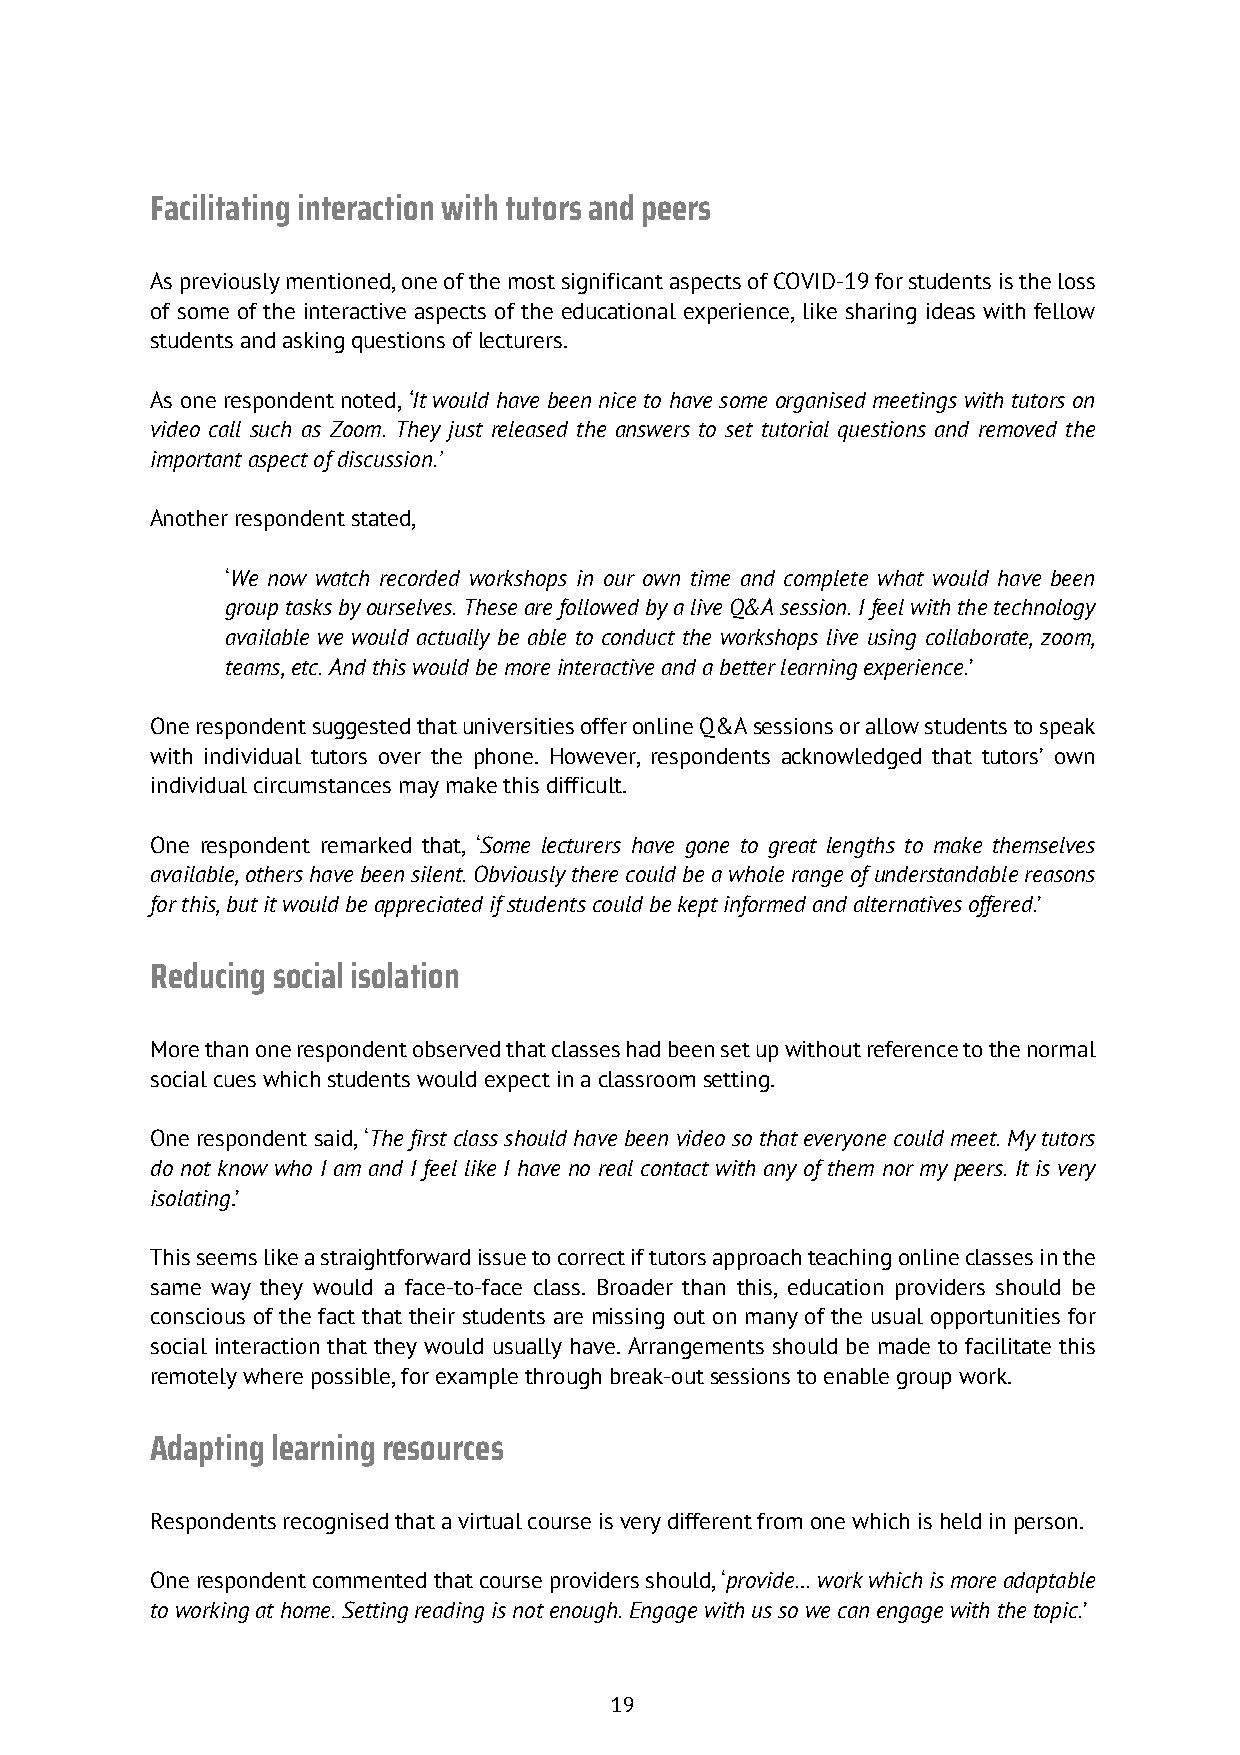
Facilitating interaction with tutors and peers
 As previously mentioned, one of the most significant aspects of COVID-19 for students is the loss
 of some of the interactive aspects of the educational experience, like sharing ideas with fellow
 students and asking questions of lecturers.
 As one respondent noted, ‘It would have been nice to have some organised meetings with tutors on
 video call such as Zoom. They just released the answers to set tutorial questions and removed the
 important aspect of discussion.’
 Another respondent stated,
 ‘We now watch recorded workshops in our own time and complete what would have been
 group tasks by ourselves. These are followed by a live Q&A session. I feel with the technology
 available we would actually be able to conduct the workshops live using collaborate, zoom,
 teams, etc. And this would be more interactive and a better learning experience.’
 One respondent suggested that universities offer online Q&A sessions or allow students to speak
 with individual tutors over the phone. However, respondents acknowledged that tutors’ own
 individual circumstances may make this difficult.
 One respondent remarked that, ‘Some lecturers have gone to great lengths to make themselves
 available, others have been silent. Obviously there could be a whole range of understandable reasons
 for this, but it would be appreciated if students could be kept informed and alternatives offered.’
 Reducing social isolation
 More than one respondent observed that classes had been set up without reference to the normal
 social cues which students would expect in a classroom setting.
 One respondent said, ‘The first class should have been video so that everyone could meet. My tutors
 do not know who I am and I feel like I have no real contact with any of them nor my peers. It is very
 isolating.’
 This seems like a straightforward issue to correct if tutors approach teaching online classes in the
 same way they would a face-to-face class. Broader than this, education providers should be
 conscious of the fact that their students are missing out on many of the usual opportunities for
 social interaction that they would usually have. Arrangements should be made to facilitate this
 remotely where possible, for example through break-out sessions to enable group work.
 Adapting learning resources
 Respondents recognised that a virtual course is very different from one which is held in person.
 One respondent commented that course providers should, ‘provide… work which is more adaptable
 to working at home. Setting reading is not enough. Engage with us so we can engage with the topic.’
 19